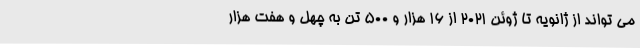
می تواند از ژانویه تا ژوئن 2021 از 16 هزار و 500 تن به چهل و هفت هزار